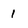
Character: 1